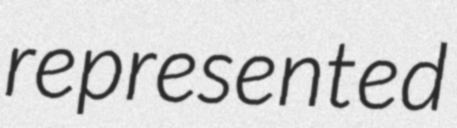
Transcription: represented